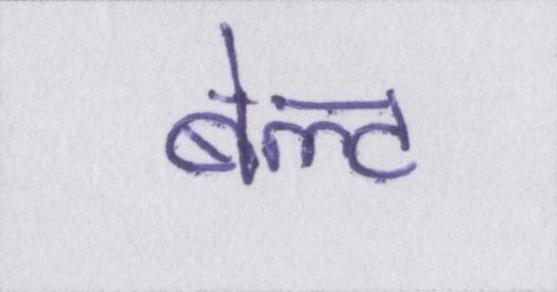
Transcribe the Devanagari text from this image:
बेल्ट